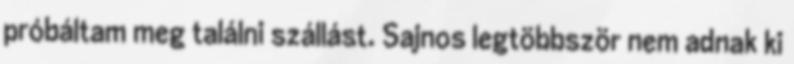
próbáltam meg találni szállást. Sajnos legtöbbször nem adnak ki